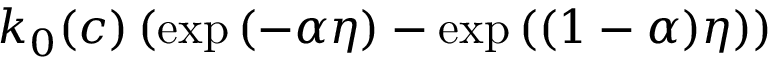
\begin{array} { r } { k _ { 0 } ( c ) \left( \exp { \left( - \alpha \eta \right) } - \exp { \left( ( 1 - \alpha ) \eta \right) } \right) } \end{array}